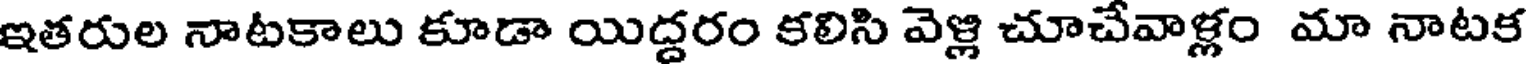
ఇతరుల నాటకాలు కూడా యిద్దరం కలిసి వెళ్లి చూచేవాళ్లం మా నాటక